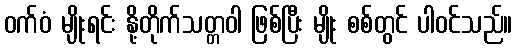
ဝက်ဝံ မျိုးရင်း နို့တိုက်သတ္တဝါ ဖြစ်ပြီး မျိုး စစ်တွင် ပါဝင်သည်။